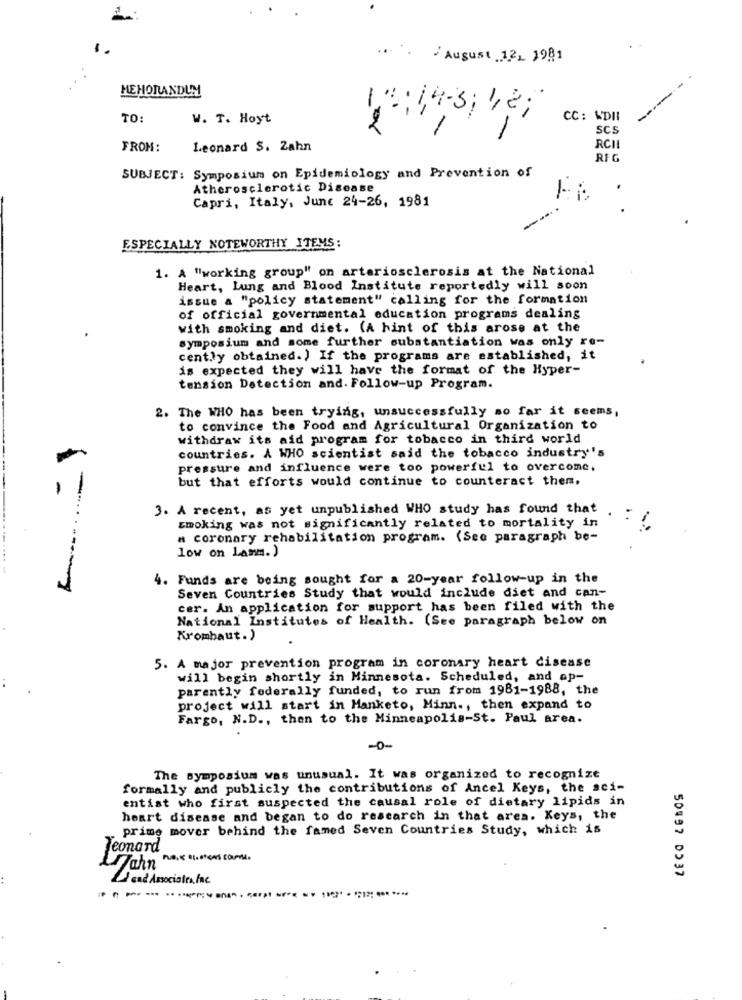
.....
August 12, 1981
MEMORANDUM
TO:
W. T. Hoyt
13:14-3; 48;
CC : WDII
2
1
SCS
FROM:
Leonard S. Zahn
RCI
RFG
SUBJECT: Symposium on Epidemiology and Prevention of
Atherosclerotic Disease
Capri, Italy, June 24-26, 1981
--
ESPECIALLY NOTEWORTHY ITEMS:
1. A "working group" on arteriosclerosis at the National
Heart, Lung and Blood Institute reportedly will soon
issue a "policy statement" calling for the formation
of official governmental education programs dealing
with smoking and diet. (A hint of this arose at the
symposium and some further substantiation was only re-
cently obtained.) If the programs are established, it
is expected they will have the format of the Hyper-
tension Detection and. Follow-up Program.
2. The WHO has been trying, unsuccessfully so far it seems,
to convince the Food and Agricultural Organization to
withdraw its aid program for tobacco in third world
countries. A WHO scientist said the tobacco industry's
pressure and influence were too powerful to overcome.
but that efforts would continue to counteract them.
-
3. A recent, as yet unpublished WHO study has found that.
smoking was not significantly related to mortality in
a coronary rehabilitation program. (See paragraph be-
low on Lamm.)
4. Funds are being sought for a 20-year follow-up in the
Seven Countries Study that would include diet and can-
cer. An application for support has been filed with the
National Institutes of Health. (See paragraph below on
Krombaut.)
5. A major prevention program in coronary heart disease
will begin shortly in Minnesota. Scheduled, and op-
parently federally funded, to run from 1981-1988, the
project will start in Manketo, Minn ., then expand to
Fargo, N.D ., then to the Minneapolis-St. Paul area.
The symposium was unusual. It was organized to recognize
formally and publicly the contributions of Ancel Keys, the sci-
entist who first suspected the causal role of dietary lipids in
heart disease and began to do research in that area. Keys, the
prime mover behind the famed Seven Countries Study, which is
leonard
Lahn
11 and Associates Inc
50997 D337